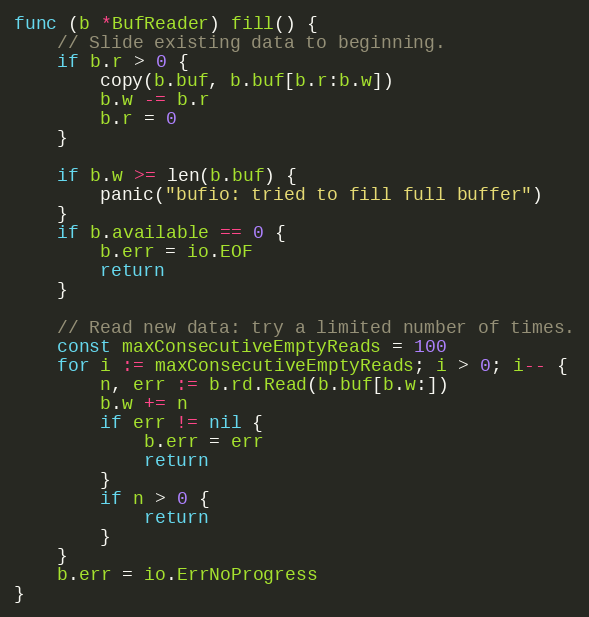
Language: Go
func (b *BufReader) fill() {
	// Slide existing data to beginning.
	if b.r > 0 {
		copy(b.buf, b.buf[b.r:b.w])
		b.w -= b.r
		b.r = 0
	}

	if b.w >= len(b.buf) {
		panic("bufio: tried to fill full buffer")
	}
	if b.available == 0 {
		b.err = io.EOF
		return
	}

	// Read new data: try a limited number of times.
	const maxConsecutiveEmptyReads = 100
	for i := maxConsecutiveEmptyReads; i > 0; i-- {
		n, err := b.rd.Read(b.buf[b.w:])
		b.w += n
		if err != nil {
			b.err = err
			return
		}
		if n > 0 {
			return
		}
	}
	b.err = io.ErrNoProgress
}